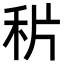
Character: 𥞄